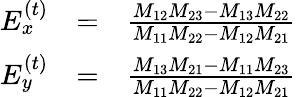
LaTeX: \begin{array}{rlr}{E_{x}^{\left(t\right)}}&{=}&{\frac{M_{12}M_{23}-M_{13}M_{22}}{M_{11}M_{22}-M_{12}M_{21}}}\\ {E_{y}^{\left(t\right)}}&{=}&{\frac{M_{13}M_{21}-M_{11}M_{23}}{M_{11}M_{22}-M_{12}M_{21}}}\end{array}